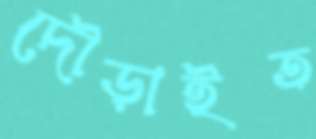
দৌড়াইত